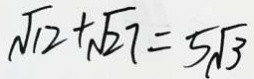
\sqrt { 1 2 } + \sqrt { 2 7 } = 5 \sqrt { 3 }